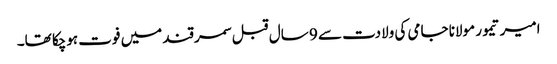
امیر تیمور مولانا جامی کی ولادت سے 9 سال قبل سمرقند میں فوت ہوچکا تھا۔